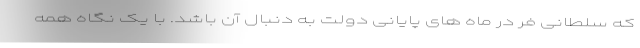
که سلطانی فر در ماه های پایانی دولت به دنبال آن باشد. با یک نگاه همه